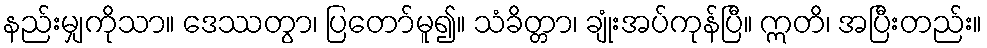
နည်းမျှကိုသာ။ ဒေဿတွာ၊ ပြတော်မူ၍။ သံခိတ္တာ၊ ချုံးအပ်ကုန်ပြီ။ ဣတိ၊ အပြီးတည်း။